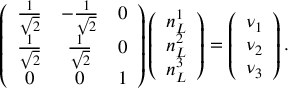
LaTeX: \left( \begin{array} { c c c } { { \frac { 1 } { \sqrt { 2 } } } } & { { - \frac { 1 } { \sqrt { 2 } } } } & { { 0 } } \\ { { \frac { 1 } { \sqrt { 2 } } } } & { { \frac { 1 } { \sqrt { 2 } } } } & { { 0 } } \\ { { 0 } } & { { 0 } } & { { 1 } } \end{array} \right) \left( \begin{array} { c } { { n _ { L } ^ { 1 } } } \\ { { n _ { L } ^ { 2 } } } \\ { { n _ { L } ^ { 3 } } } \end{array} \right) = \left( \begin{array} { c } { { \nu _ { 1 } } } \\ { { \nu _ { 2 } } } \\ { { \nu _ { 3 } } } \end{array} \right) .